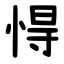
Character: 㥂